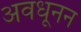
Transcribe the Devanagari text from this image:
अवधूनन